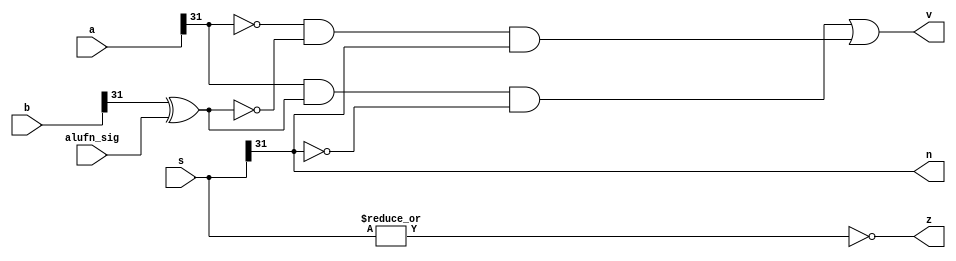
// This program was cloned from: https://github.com/chicken8848/RISKY
// License: MIT License

module zvn #(
  parameter WIDTH = 32
)(
  input [WIDTH-1:0] a,
  input [WIDTH-1:0] b,
  input [WIDTH-1:0] s, 
  input alufn_sig,
  output z,
  output v,
  output n
);

wire xb;

assign xb = b[WIDTH-1]^alufn_sig;

assign v = (a[WIDTH-1]&xb&~s[WIDTH-1])|(~a[WIDTH-1]&~xb&s[WIDTH-1]);

assign z = ~|s;

assign n = s[WIDTH-1];

endmodule